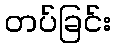
တပ်ခြင်း